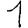
Digit: 1